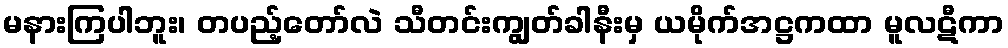
မနားကြပါဘူး၊ တပည့်တော်လဲ သီတင်းကျွတ်ခါနီးမှ ယမိုက်အဋ္ဌကထာ မူလဋီကာ